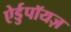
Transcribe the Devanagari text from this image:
ऐर्डुपॉयज़